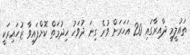
ތައުލީމީ ދާއިރާގައި 20 އަހަރަށް ވުރެ ގިނަ ދުވަހު ހިދުމަތް ކޮށްފައިވާ ޒުހައިރަކީ